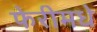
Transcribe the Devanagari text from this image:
फेरीमधे